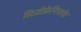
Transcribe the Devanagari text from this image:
सिज़ोफ्रेनियाके